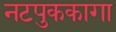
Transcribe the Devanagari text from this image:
नटपुककागा